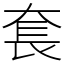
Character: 𡘷